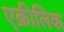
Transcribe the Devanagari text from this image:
एक्रीलिक